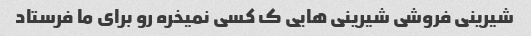
شیرینی فروشی شیرینی هایی ک کسی نمیخره رو برای ما فرستاد